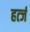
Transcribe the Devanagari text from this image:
हर्त्ज